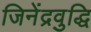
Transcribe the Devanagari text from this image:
जिनेंद्रवुद्धि